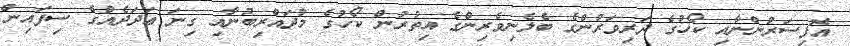
އޮފިސަރުންނާއި ކޯހުގެ ދަރިވަރުންގެ ބެލެނިވެރިންގެ އިތުރުން ކޯހުގެ މުދައްރިބުނާއި ގިނަ ޢަދަދެއްގެ ސިފައިން